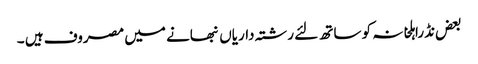
بعض نڈراہلخانہ کو ساتھ لئے رشتہ داریاں نبھانے میں مصروف ہیں ۔